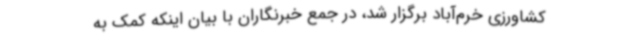
کشاورزی خرم‌آباد برگزار شد، در جمع خبرنگاران با بیان اینکه کمک به